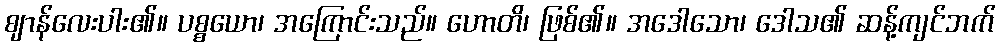
ဈာန်လေးပါး၏။ ပစ္စယော၊ အကြောင်းသည်။ ဟောတိ၊ ဖြစ်၏။ အဒေါသော၊ ဒေါသ၏ ဆန့်ကျင်ဘက်